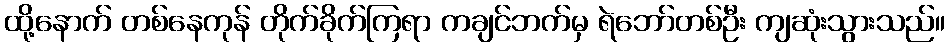
ထို့နောက် တစ်နေကုန် တိုက်ခိုက်ကြရာ ကချင်ဘက်မှ ရဲဘော်တစ်ဦး ကျဆုံးသွားသည်။